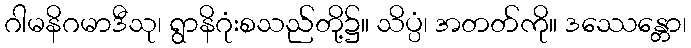
ဂါမနိဂမာဒီသု၊ ရွာနိဂုံးစသည်တို့၌။ သိပ္ပံ၊ အတတ်ကို။ ဒဿေန္တော၊